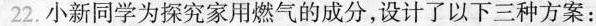
22.小新同学为探究家用燃气的成分，设计了以下三种方案：